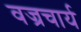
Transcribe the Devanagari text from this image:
वज्रचार्य